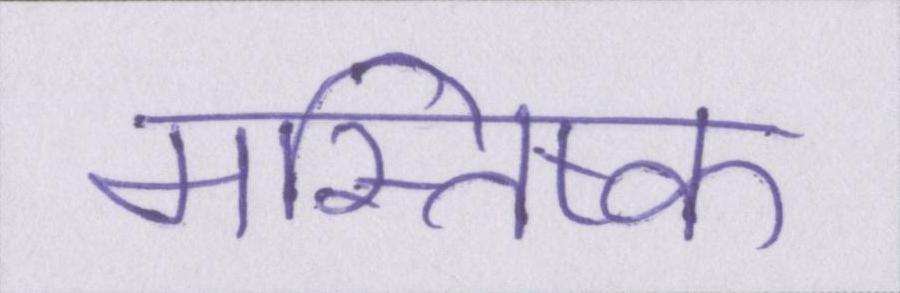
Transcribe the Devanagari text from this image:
मस्तिष्क